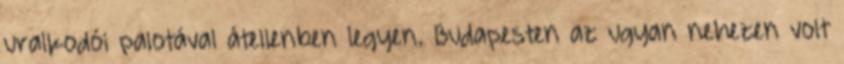
uralkodói palotával átellenben legyen. Budapesten az ugyan nehezen volt